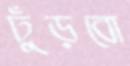
ঢুঁড়বো